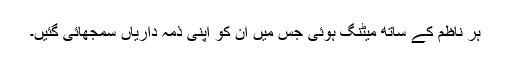
ہر ناظم کے ساتھ میٹنگ ہوئی جس میں ان کو اپنی ذمہ داریاں سمجھائی گئیں۔